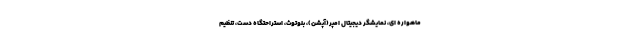
ماهواره ای، نمایشگر دیجیتال امپر(آپشن)، بلوتوث، استراحتگاه دست، تنظیم